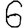
Digit: 6